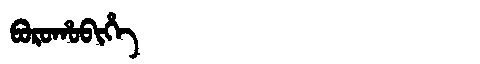
Manchu: ᠪᠣᡵᠣᡥᠣᠪᡳᡥᡝ
Romanization: BOROHOBIHE